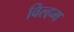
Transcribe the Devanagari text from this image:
विल्हम